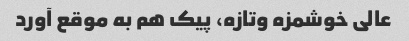
عالی خوشمزه وتازه، پیک هم به موقع آورد